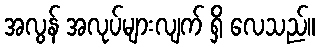
အလွန် အလုပ်များလျက် ရှိ လေသည်။